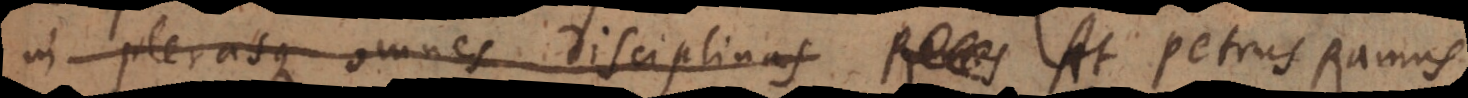
In plerasque omnes disciplinas Ramus At Petrus Ramus